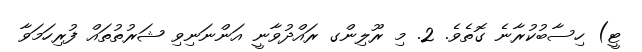
ޓީ) ހިސާބުކުރާނެ ގޮތެވެ. 2. މި ރޫލިންގ ރައްދުވާނީ އަންނަނިވި ޝަރުތުތައް ފުރިހަމަވާ